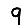
Digit: 9